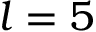
l = 5